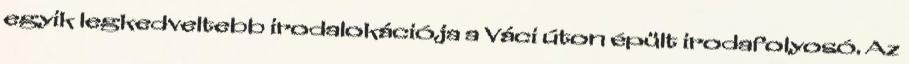
egyik legkedveltebb irodalokációja a Váci úton épült irodafolyosó. Az